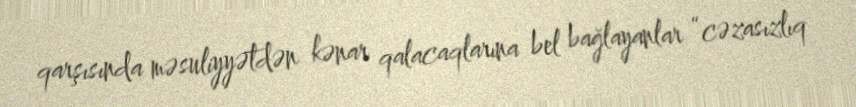
qarşısında məsuliyyətdən kənar qalacaqlarına bel bağlayanlar “cəzasızlıq